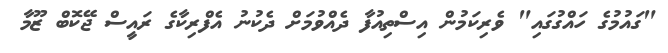
"ގައުމުގެ ހައްގުގައި" ވެރިކަމުން އިސްތިއުފާ ދެއްވުމަށް ދެކުނު އެފްރިކާގެ ރައީސް ޖޭކޮބް ޒޫމާ